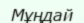
Мұңдай